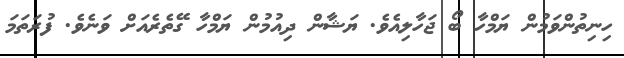
ހިނިތުންވަމުން ޔަމްހާ ބޯ ޖަހާލިއެވެ. ޔަޝާން ދިއުމުން ޔަމްހާ ގޭތެރެއަށް ވަނެވެ. ފުރަތަމަ